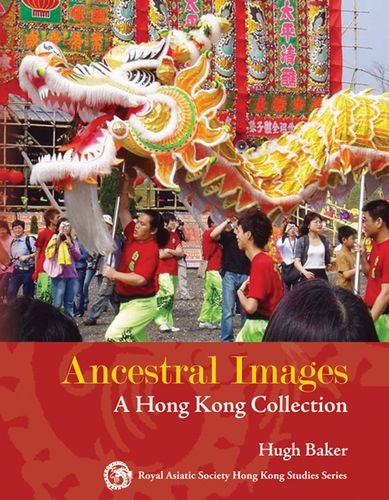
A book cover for Ancestral Images: A Hong Kong Collection (Royal Asiatic Society Hong Kong Studies Series); Hugh D. R. Baker; History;